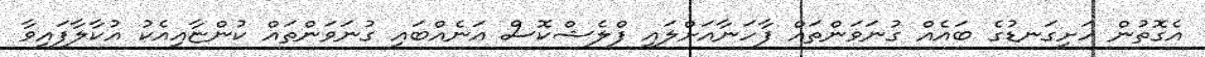
އެގޮތުން ހަށިގަނޑުގެ ބައެއް ގުނަވަންތައް ފާހަނާއަށްލައި ފްލެޝްކޮސް އަނެއްބައި ގުނަވަންތައް ކުންޏާއިއެކު އުކާލާފައިވާ